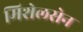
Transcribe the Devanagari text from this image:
मिशेलसेन